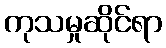
ကုသမှုဆိုင်ရာ